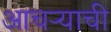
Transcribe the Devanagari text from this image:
आचऱ्याची